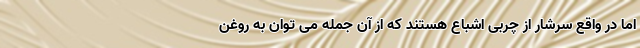
اما در واقع سرشار از چربی اشباع هستند که از آن جمله می توان به روغن